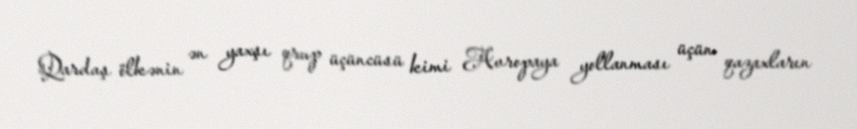
Qardaş ölkənin ən yaxşı qrup üçüncüsü kimi Avropaya yollanması üçün qazaxların